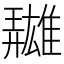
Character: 𩀳